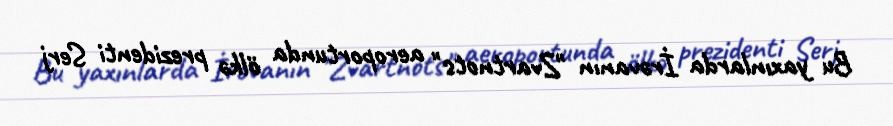
Bu yaxınlarda İrəvanın "Zvartnots" aeroportunda ölkə prezidenti Serj